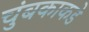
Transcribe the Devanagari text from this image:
चुंबकाकडे